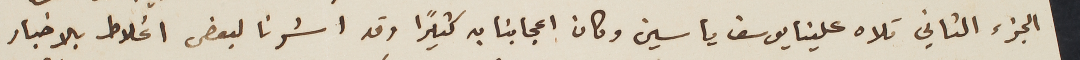
الجزء الثاني تلاه علينا يوسف ياسين وكان اعجابنا به كثيراً وقد اشرنا لبعض اغلاط بالاخبار